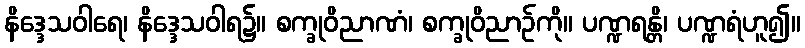
နိဒ္ဒေသဝါရေ၊ နိဒ္ဒေသဝါရ၌။ စက္ခုဝိညာဏံ၊ စက္ခုဝိညာဉ်ကို။ ပဏ္ဍရန္တိ၊ ပဏ္ဍရံဟူ၍။